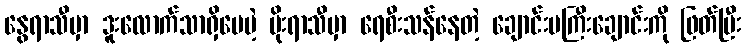
နွေရာသီမှာ ဒူးလောက်သာရှိပေမဲ့ မိုးရာသီမှာ ရေစီးသန်နေတဲ့ ချောင်းမကြီးချောင်းကို ဖြတ်ပြီး